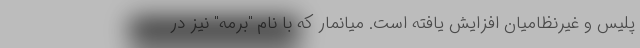
پلیس و غیرنظامیان افزایش یافته است. میانمار که با نام "برمه" نیز در